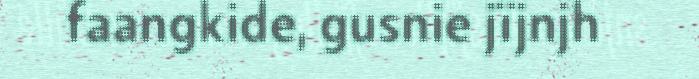
faangkide, gusnie jïjnjh